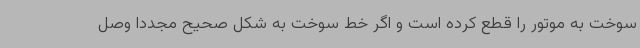
سوخت به موتور را قطع کرده است و اگر خط سوخت به شکل صحیح مجددا وصل